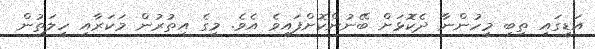
އަޑީގައި ތިބި މީހުންނާ ދެކޮޅަށް ބޭނުންކޮށްފައިވެ އެވެ. މީގެ އިތުރުން މަކަރާއި ހީލަތުން